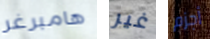
هامبرغر غير أجزم